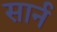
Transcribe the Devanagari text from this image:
सार्न